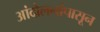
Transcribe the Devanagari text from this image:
आंदोलनांपासून